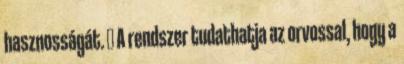
hasznosságát.  A rendszer tudathatja az orvossal, hogy a